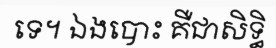
ទេ។ ឯងបោះ គឺជាសិទ្ធិ